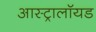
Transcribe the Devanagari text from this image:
आस्ट्रालॉयड